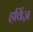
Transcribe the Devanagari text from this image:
हर्विज़